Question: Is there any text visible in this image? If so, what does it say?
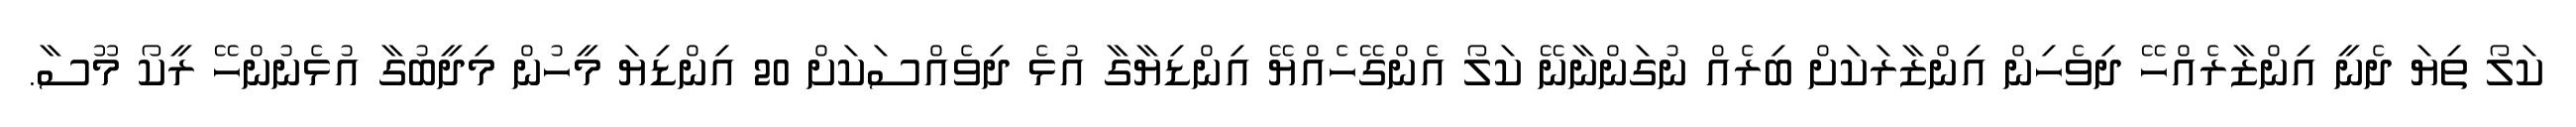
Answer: ކަލޯ ތިޔަ ދެނީ އިންޒާރެއްހޭ ދިވެހިން އިންޒާރަކަށް ބިރެއް ނުގަންނާނޭ ކަލޯ އެންގޭހެއްޔޭ އިންޑިޔާގާ އުޅެ ދިވެއްސަކަށް 20 އިންޑިޔަ މީހުން މިދީބުގާ އުޅެނުންހޭ ރީކޯ މޫސާ.